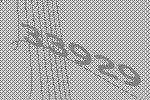
33929